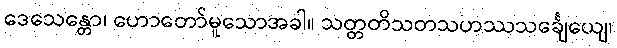
ဒေသေန္တော၊ ဟောတော်မူသောအခါ။ သတ္တတိသတသဟဿသင်္ချေယျေ၊